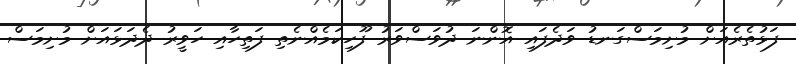
ފަޅުތެރެއަށް މުށިމަސްގަނޑު ވަދެފައި އޮންނަ ދުވަސްވަރު ފޫހިކަމެއްނެތި ފަތިހާއި ހަވީރު ދެދަޅައަށް މުށިމަސް